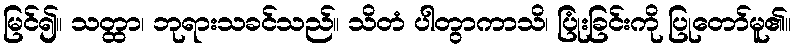
မြင်၍။ သတ္ထာ၊ ဘုရားသခင်သည်။ သိတံ ပါတွာကာသိ၊ ပြုံးခြင်းကို ပြုတော်မူ၏။